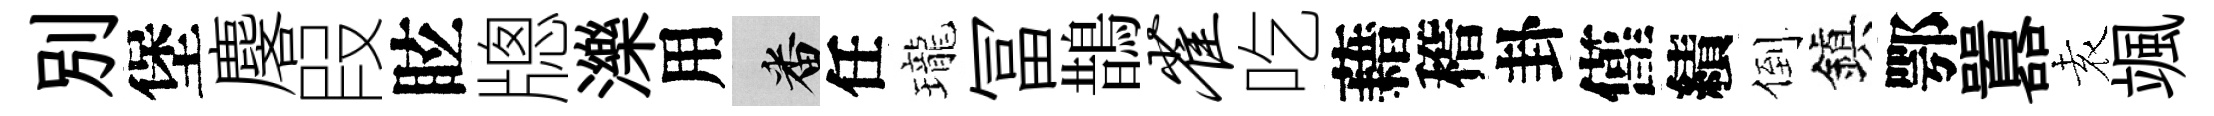
别堡麐叚眩牕濼用番任瓏冨鵲雀吃藉稽卦僅績倒鎭鄂囂𡊮颯